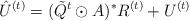
LaTeX: \begin{align*}\hat U^{(t)}=(\tilde Q^t \odot A)^* R^{(t)}+U^{(t)}\end{align*}